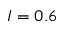
I = 0 . 6